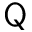
\mathsf { Q }